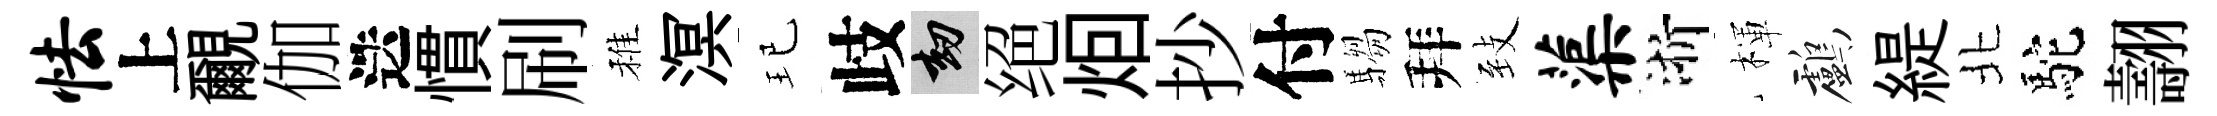
怯上覼伽迭慣刷稚溟玘歧劫绝𤇆抄付騶拜𦤺蕖浙楎鸕緹北駝翿